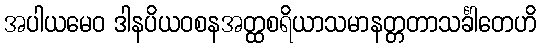
အပါယမေဝ ဒါနပိယဝစနအတ္ထစရိယာသမာနတ္တတာသင်္ခါတေဟိ